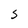
Character: S